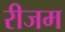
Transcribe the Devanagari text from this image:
रीजम